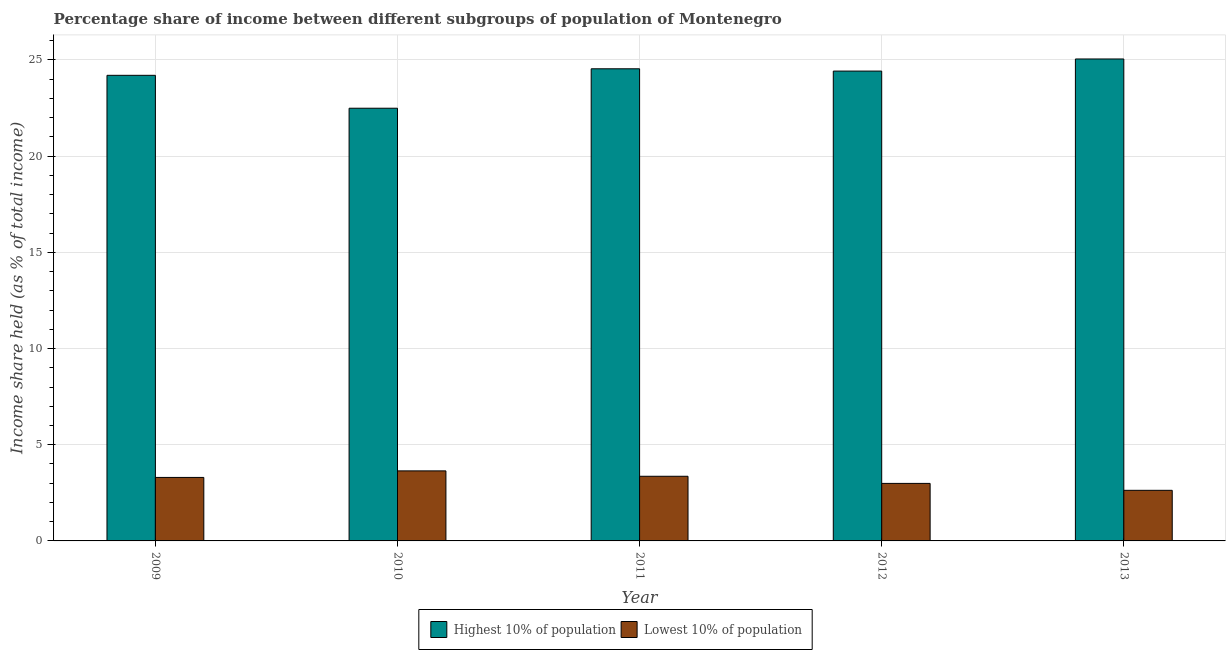
| Year | Highest 10% of population | Lowest 10% of population |
 | --- | --- | --- |
 | 2009 | 24.2 | 3.3 |
 | 2010 | 22.5 | 3.64 |
 | 2011 | 24.5 | 3.36 |
 | 2012 | 24.4 | 2.99 |
 | 2013 | 25.1 | 2.63 |